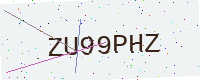
Text: ZU99PHZ